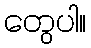
တွေပါ။